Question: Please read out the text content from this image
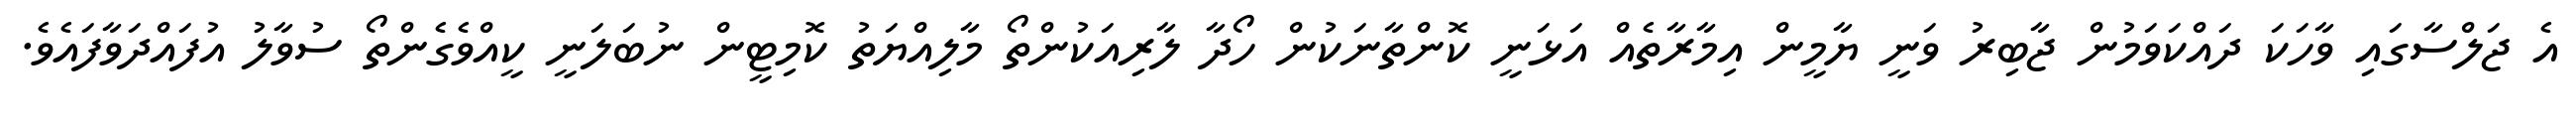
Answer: އެ ޖަލްސާގައި ވާހަކަ ދައްކަވަމުން ޖާބިރު ވަނީ ޔާމީން އިމާރާތެއް އަޅަނީ ކޮންތާނަކުން ހޯދާ ލާރިއަކުންތޯ މާލިއްޔަތު ކޮމިޓީން ނުބަލަނީ ކީއްވެގެންތޯ ސުވާލު އުފައްދަވާފައެވެ.